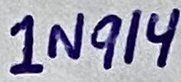
Text: 1N914